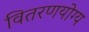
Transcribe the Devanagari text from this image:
वितरणयोग्य